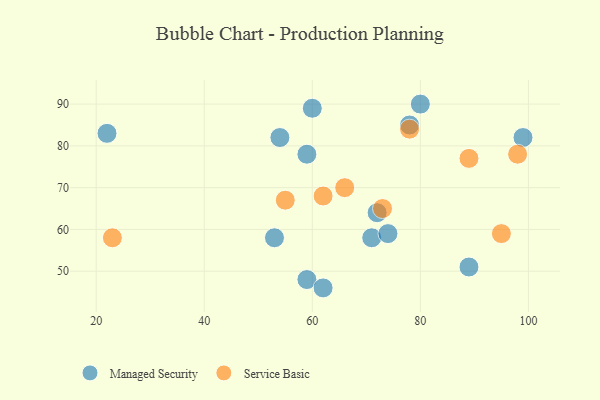
{"axis": {"x": "GDP", "y": "Life Expectancy"}, "legend": ["Managed Security", "Service Basic"], "data": [{"x": "89", "y": 51, "type": "Managed Security"}, {"x": "54", "y": 82, "type": "Managed Security"}, {"x": "22", "y": 83, "type": "Managed Security"}, {"x": "99", "y": 82, "type": "Managed Security"}, {"x": "59", "y": 78, "type": "Managed Security"}, {"x": "60", "y": 89, "type": "Managed Security"}, {"x": "59", "y": 48, "type": "Managed Security"}, {"x": "72", "y": 64, "type": "Managed Security"}, {"x": "71", "y": 58, "type": "Managed Security"}, {"x": "62", "y": 46, "type": "Managed Security"}, {"x": "78", "y": 85, "type": "Managed Security"}, {"x": "53", "y": 58, "type": "Managed Security"}, {"x": "74", "y": 59, "type": "Managed Security"}, {"x": "80", "y": 90, "type": "Managed Security"}, {"x": "66", "y": 70, "type": "Service Basic"}, {"x": "78", "y": 84, "type": "Service Basic"}, {"x": "55", "y": 67, "type": "Service Basic"}, {"x": "73", "y": 65, "type": "Service Basic"}, {"x": "23", "y": 58, "type": "Service Basic"}, {"x": "89", "y": 77, "type": "Service Basic"}, {"x": "95", "y": 59, "type": "Service Basic"}, {"x": "62", "y": 68, "type": "Service Basic"}, {"x": "98", "y": 78, "type": "Service Basic"}]}